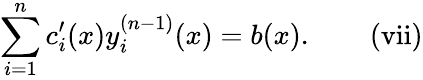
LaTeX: \sum_{i=1}^{n}c_{i}^{\prime}(x)y_{i}^{(n-1)}(x)=b(x).\quad\quad\mathrm{{(vii)}}